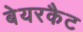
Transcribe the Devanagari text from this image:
बेयरकैट